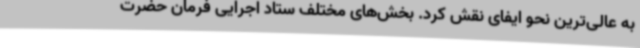
به عالی‌ترین نحو ایفای نقش کرد. بخش‌های مختلف ستاد اجرایی فرمان حضرت